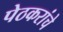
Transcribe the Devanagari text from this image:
पेठकरांचे